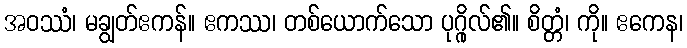
အဝဿံ၊ မချွတ်ဧကန်။ ဧကဿ၊ တစ်ယောက်သော ပုဂ္ဂိုလ်၏။ စိတ္တံ၊ ကို။ ဧကေန၊